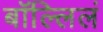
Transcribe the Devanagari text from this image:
बॉल्लिलं